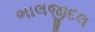
ભાલજીદલ